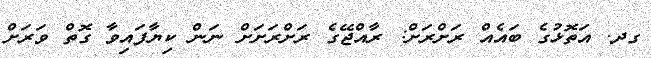
ގދ. އަތޮޅުގެ ބައެއް ރަށްރަށް: ރާއްޖޭގެ ރަށްރަށަށް ނަން ކިޔާފައިވާ ގޮތް ވަރަށް